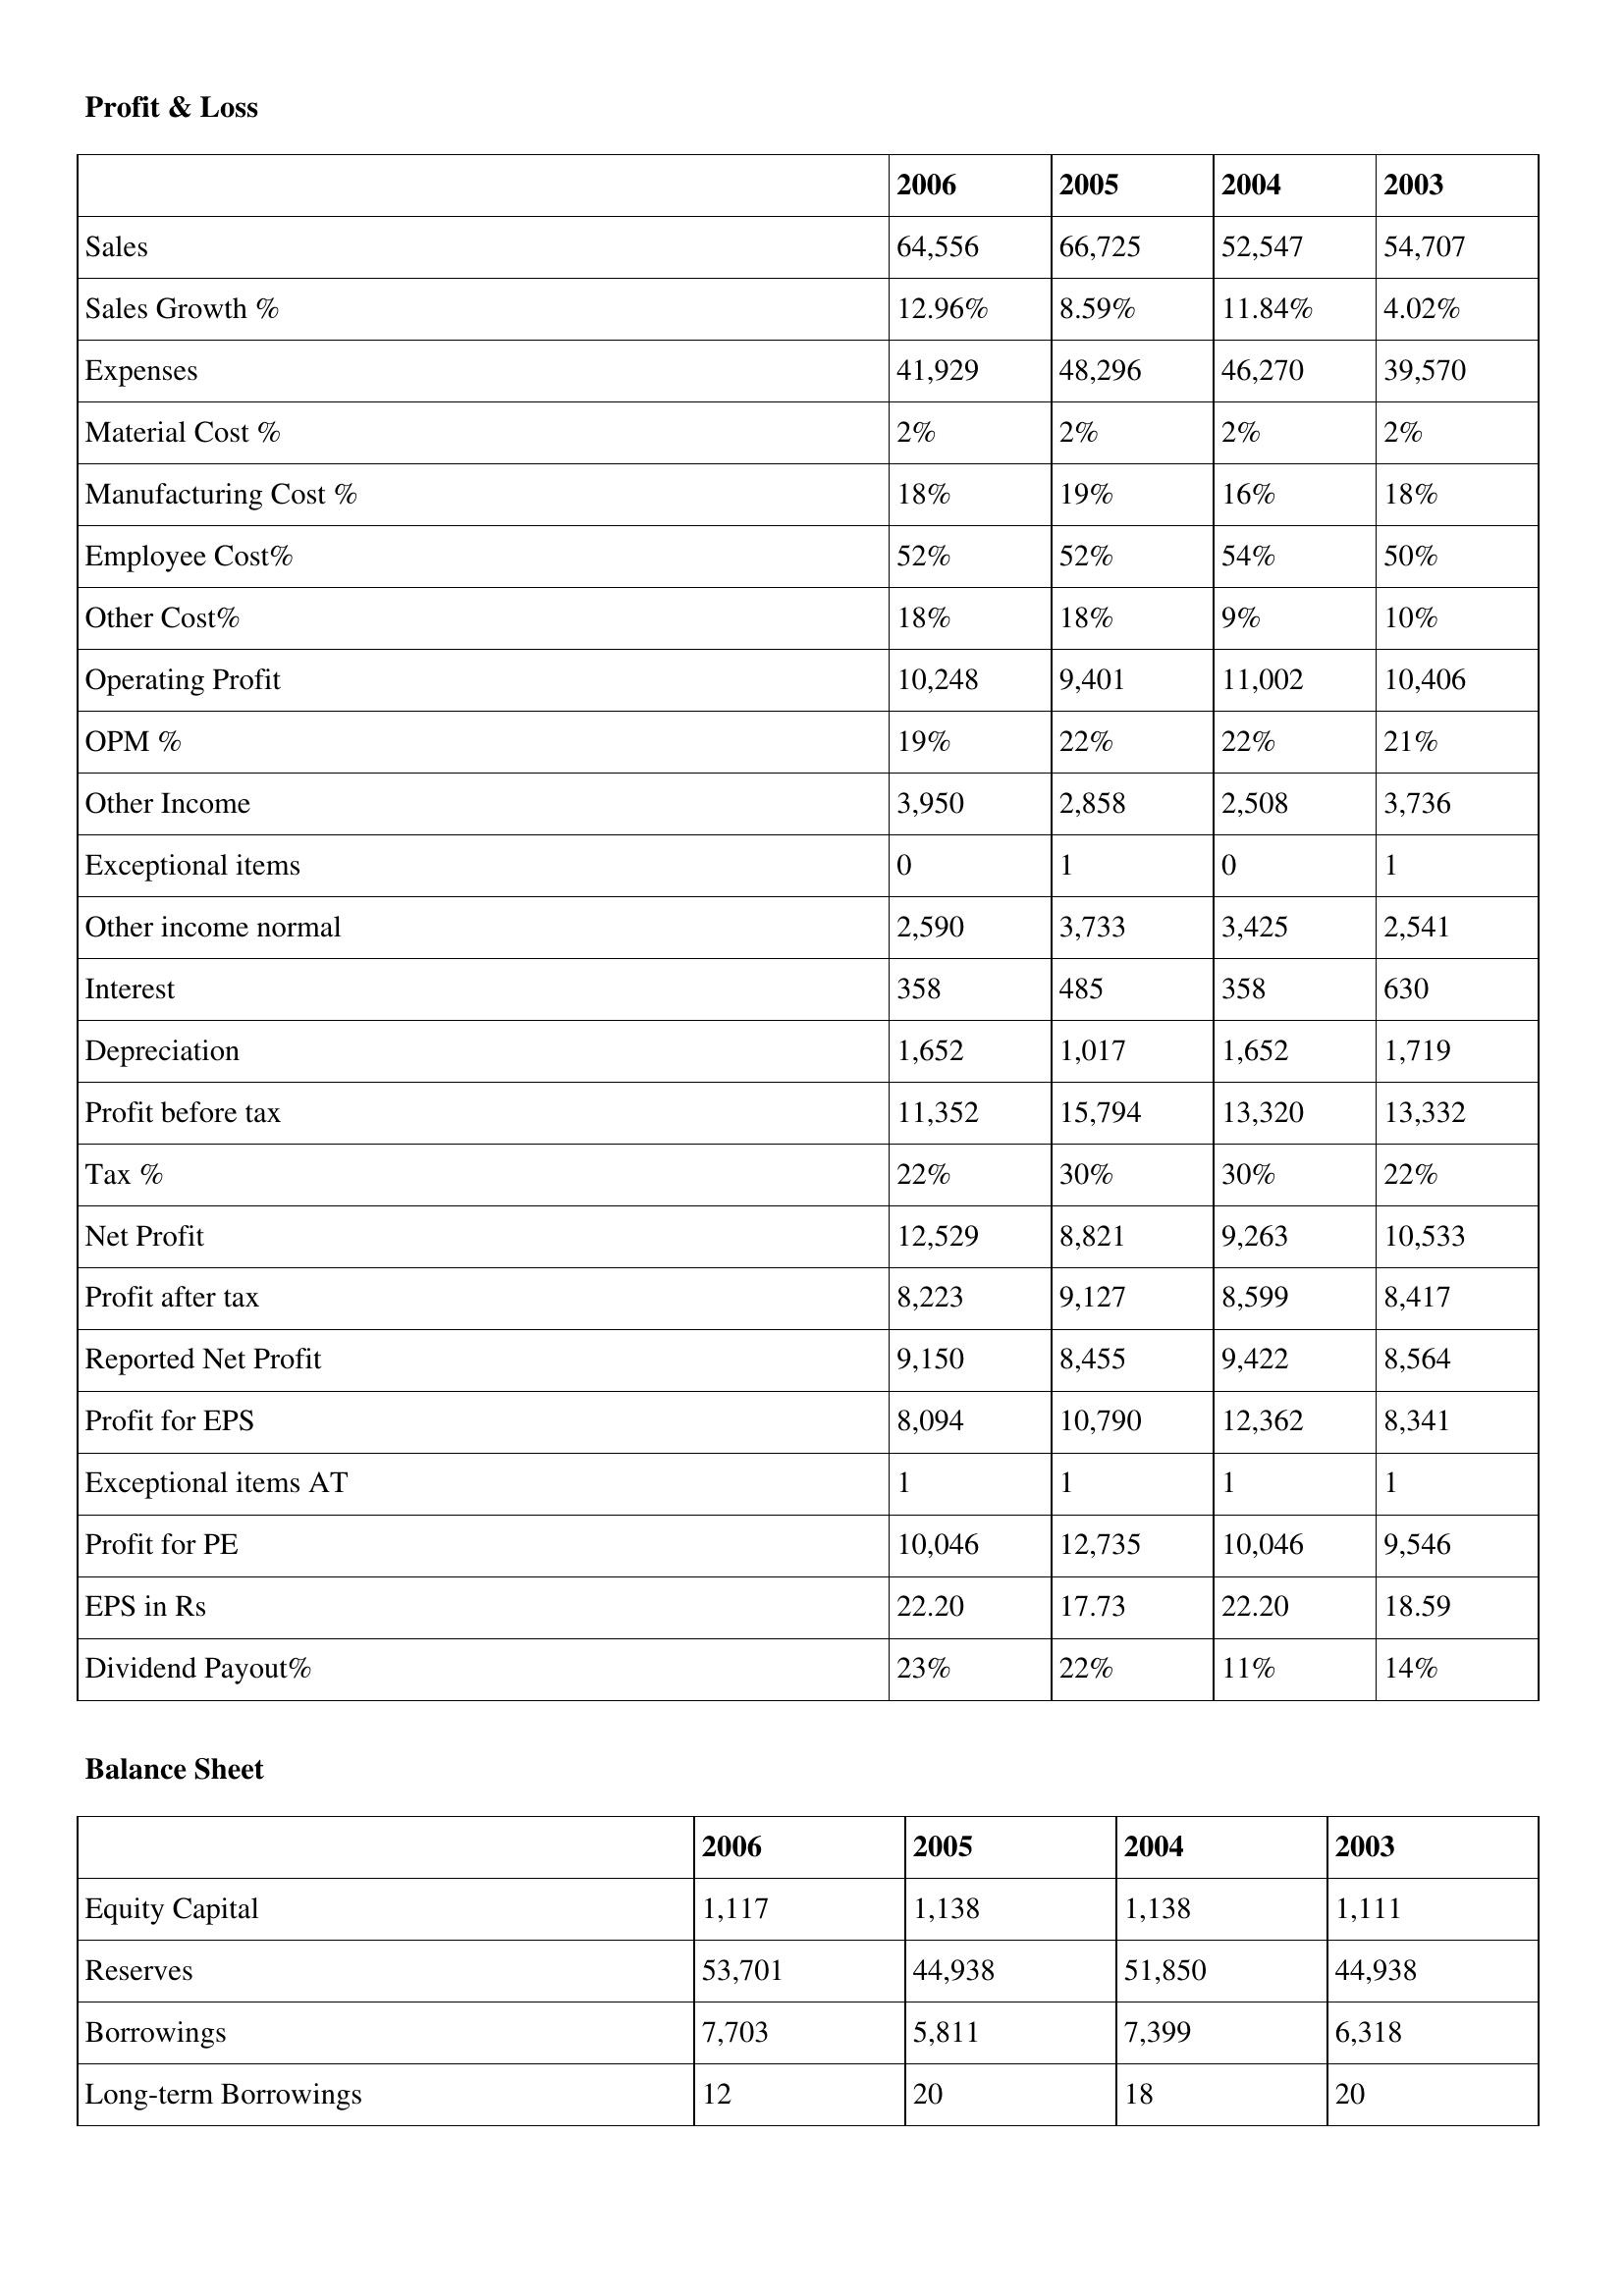
gt_parse: 2006: Profit & Loss: Sales: 64,556
Sales Growth %: 12.96%
Expenses: 41,929
Material Cost %: 2%
Manufacturing Cost %: 18%
Employee Cost%: 52%
Other Cost%: 18%
Operating Profit: 10,248
OPM %: 19%
Other Income: 3,950
Exceptional items: 0
Other income normal: 2,590
Interest: 358
Depreciation: 1,652
Profit before tax: 11,352
Tax %: 22%
Net Profit: 12,529
Profit after tax: 8,223
Reported Net Profit: 9,150
Profit for EPS: 8,094
Exceptional items AT: 1
Profit for PE: 10,046
EPS in Rs: 22.20
Dividend Payout%: 23%
Balance Sheet: Equity Capital: 1,117
Reserves: 53,701
Borrowings: 7,703
Long-term Borrowings: 12
2005: Profit & Loss: Sales: 66,725
Sales Growth %: 8.59%
Expenses: 48,296
Material Cost %: 2%
Manufacturing Cost %: 19%
Employee Cost%: 52%
Other Cost%: 18%
Operating Profit: 9,401
OPM %: 22%
Other Income: 2,858
Exceptional items: 1
Other income normal: 3,733
Interest: 485
Depreciation: 1,017
Profit before tax: 15,794
Tax %: 30%
Net Profit: 8,821
Profit after tax: 9,127
Reported Net Profit: 8,455
Profit for EPS: 10,790
Exceptional items AT: 1
Profit for PE: 12,735
EPS in Rs: 17.73
Dividend Payout%: 22%
Balance Sheet: Equity Capital: 1,138
Reserves: 44,938
Borrowings: 5,811
Long-term Borrowings: 20
2004: Profit & Loss: Sales: 52,547
Sales Growth %: 11.84%
Expenses: 46,270
Material Cost %: 2%
Manufacturing Cost %: 16%
Employee Cost%: 54%
Other Cost%: 9%
Operating Profit: 11,002
OPM %: 22%
Other Income: 2,508
Exceptional items: 0
Other income normal: 3,425
Interest: 358
Depreciation: 1,652
Profit before tax: 13,320
Tax %: 30%
Net Profit: 9,263
Profit after tax: 8,599
Reported Net Profit: 9,422
Profit for EPS: 12,362
Exceptional items AT: 1
Profit for PE: 10,046
EPS in Rs: 22.20
Dividend Payout%: 11%
Balance Sheet: Equity Capital: 1,138
Reserves: 51,850
Borrowings: 7,399
Long-term Borrowings: 18
2003: Profit & Loss: Sales: 54,707
Sales Growth %: 4.02%
Expenses: 39,570
Material Cost %: 2%
Manufacturing Cost %: 18%
Employee Cost%: 50%
Other Cost%: 10%
Operating Profit: 10,406
OPM %: 21%
Other Income: 3,736
Exceptional items: 1
Other income normal: 2,541
Interest: 630
Depreciation: 1,719
Profit before tax: 13,332
Tax %: 22%
Net Profit: 10,533
Profit after tax: 8,417
Reported Net Profit: 8,564
Profit for EPS: 8,341
Exceptional items AT: 1
Profit for PE: 9,546
EPS in Rs: 18.59
Dividend Payout%: 14%
Balance Sheet: Equity Capital: 1,111
Reserves: 44,938
Borrowings: 6,318
Long-term Borrowings: 20